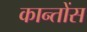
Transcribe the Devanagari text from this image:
कान्तोंस